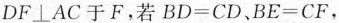
$$DF\bot AC$$于F。若$$BD=CD$$、$$BE=CF$$，